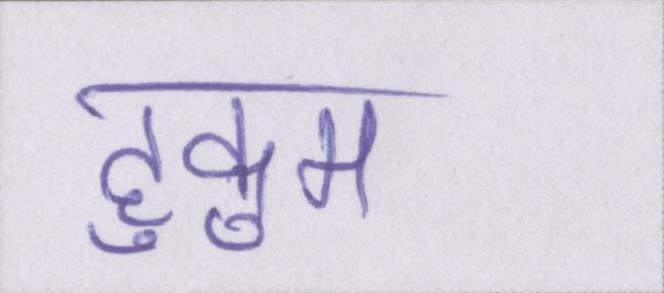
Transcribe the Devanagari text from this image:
हुकुम